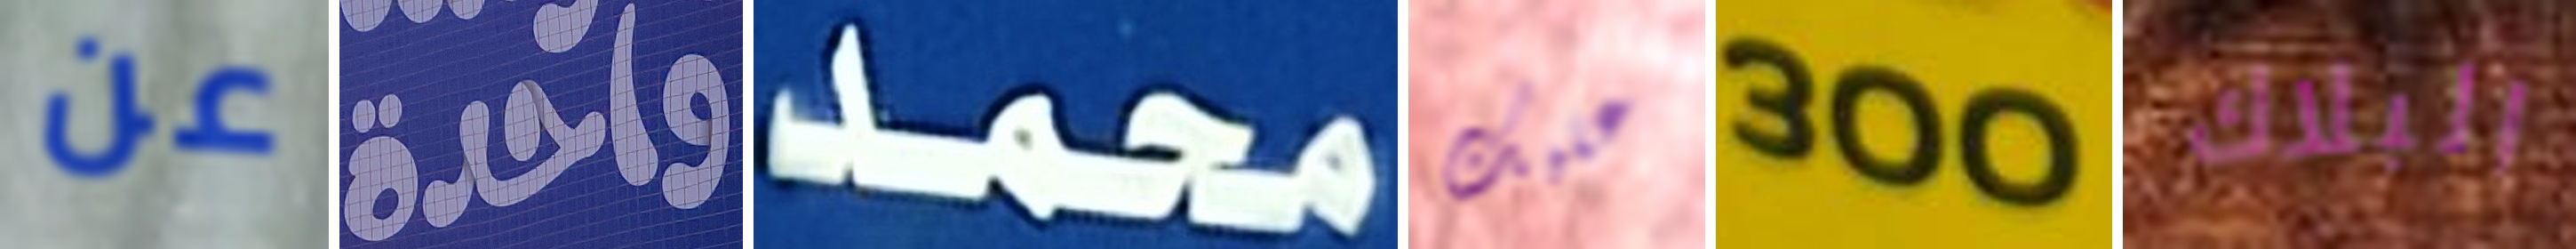
عن واحدة محمد عليك 300 البلاك